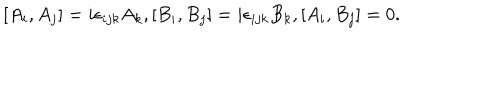
[ A _ { i } , A _ { j } ] = i \epsilon _ { i j k } A _ { k } , [ B _ { i } , B _ { j } ] = i \epsilon _ { i j k } B _ { k } , [ A _ { i } , B _ { j } ] = 0 .